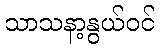
သာသနာ့နွယ်ဝင်